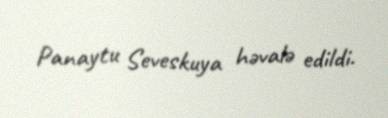
Panaytu Seveskuya həvalə edildi.